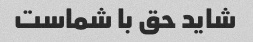
شاید حق با شماست